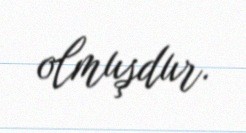
olmuşdur.